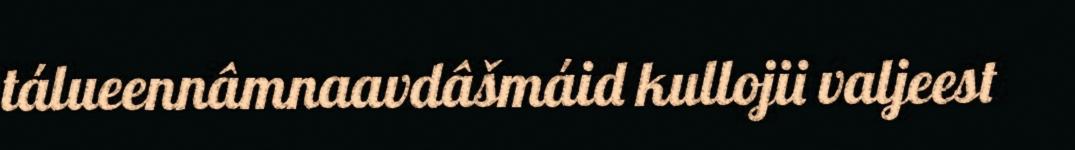
tálueennâmnaavdâšmáid kullojii valjeest